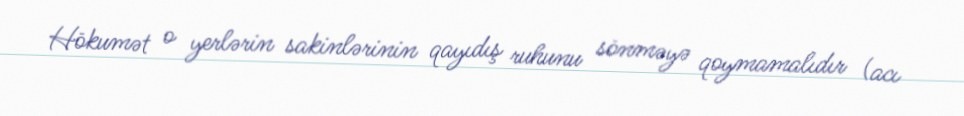
Hökumət o yerlərin sakinlərinin qayıdış ruhunu sönməyə qoymamalıdır (acı